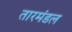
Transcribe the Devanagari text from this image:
तारमंडल